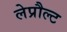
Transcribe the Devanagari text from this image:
लेप्रौल्ट